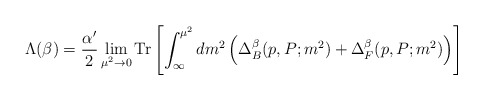
\begin{align*}\Lambda (\beta) = \frac{\alpha^\prime}{2} \lim_{\mu^2 \rightarrow 0} {\rm Tr} \left[ \int_{\infty}^{\mu^2} dm^2 \left( \Delta^\beta_B (p, P; m^2) + \Delta^{\beta}_{F} (p, P; m^2) \right) \right]\end{align*}